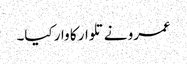
عمرو نے تلوار کا وار کیا۔